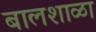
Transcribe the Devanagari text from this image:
बालशाळा